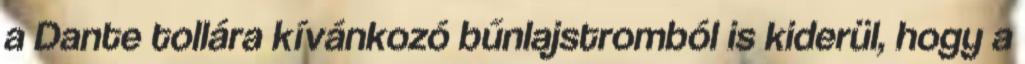
a Dante tollára kívánkozó bűnlajstromból is kiderül, hogy a